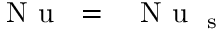
\mathrm { ~ \textit ~ { ~ N ~ u ~ } ~ } = \mathrm { ~ \textit ~ { ~ N ~ u ~ } ~ } _ { \mathrm s }